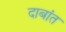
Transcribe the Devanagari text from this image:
दाबांत